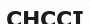
СНССІ